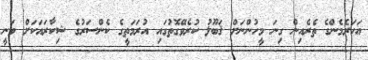
އަހަރެމެންގެ ތެރެއިން ގިނަ މީހުންނަށް ޤަބޫލު ކުރެވޭގޮތުގައި އުރަމަތީގެ ކެންސަރުގެ ޝިކާރައަކަށް ވަނީ